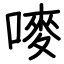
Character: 嘜